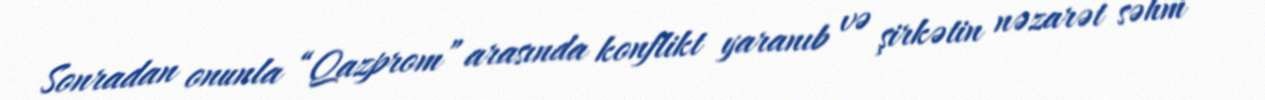
Sonradan onunla “Qazprom” arasında konflikt yaranıb və şirkətin nəzarət səhm